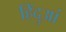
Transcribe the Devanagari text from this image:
हिंदुआं